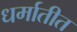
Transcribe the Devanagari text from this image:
धर्मातीत